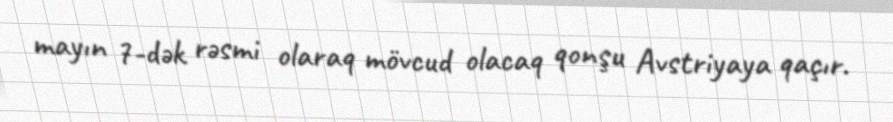
mayın 7-dək rəsmi olaraq mövcud olacaq qonşu Avstriyaya qaçır.